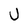
Character: U